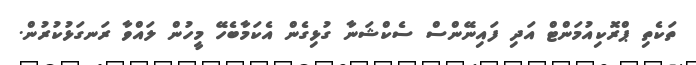
ތަކެތި ޕްރޮކިއުމަންޓް އަދި ފައިނޭންސް ސެކްޝަނާ ގުޅިގެން އެކަމާބެހޭ މީހުން ލައްވާ ރަނގަޅުކުރުން.